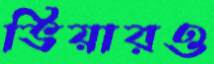
ভিয়ারও